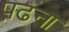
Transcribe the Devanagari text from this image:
प़ढना